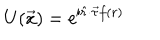
LaTeX: U ( \vec { x } ) = { \mathrm e } ^ { { \mathrm i } \hat { r } \cdot \vec { \tau } f ( r ) }